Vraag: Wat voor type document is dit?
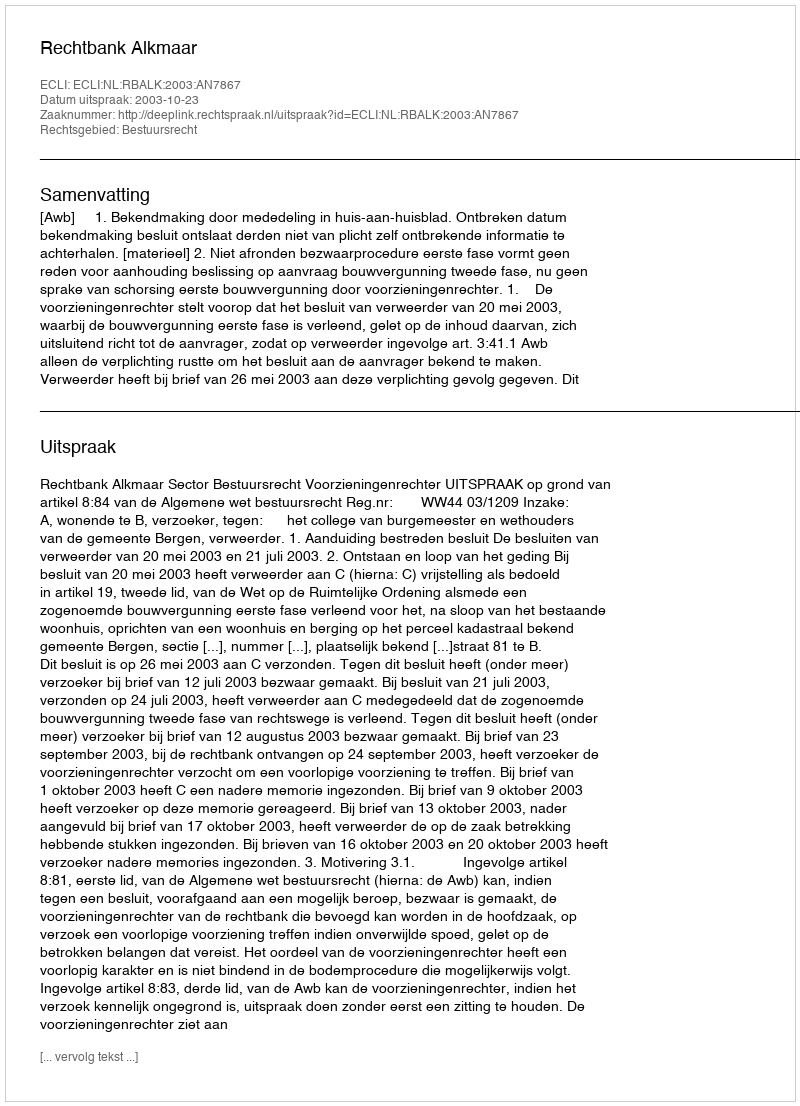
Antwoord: Uitspraak